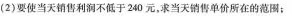
2)要使当天销售利润不低于240元，求当天销售单价所在的范围；